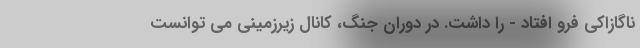
ناگازاکی فرو افتاد - را داشت. در دوران جنگ، کانال زیرزمینی می توانست